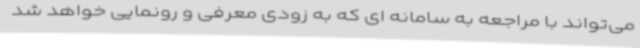
می‌تواند با مراجعه به سامانه ای که به زودی معرفی و رونمایی خواهد شد